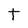
Character: t